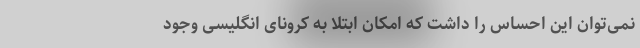
نمی‌توان این احساس را داشت که امکان ابتلا به کرونای انگلیسی وجود